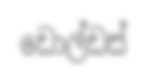
ඩොල්ඩස්